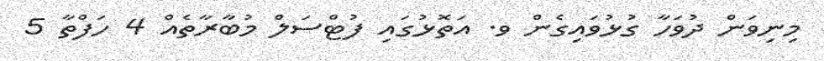
މިނިވަން ދުވަހާ ގުޅުވައިގެން ވ. އަތޮޅުގައި ފުޓްސަލް މުބާރާތެއް 4 ހަފްތާ 5